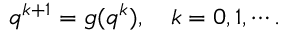
q ^ { k + 1 } = g ( q ^ { k } ) , \quad k = 0 , 1 , \cdots .